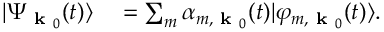
\begin{array} { r l } { \lvert \Psi _ { \textbf { k } _ { 0 } } ( t ) \rangle } & { { } = \sum _ { m } \alpha _ { m , \textbf { k } _ { 0 } } ( t ) \lvert \varphi _ { m , \textbf { k } _ { 0 } } ( t ) \rangle . } \end{array}